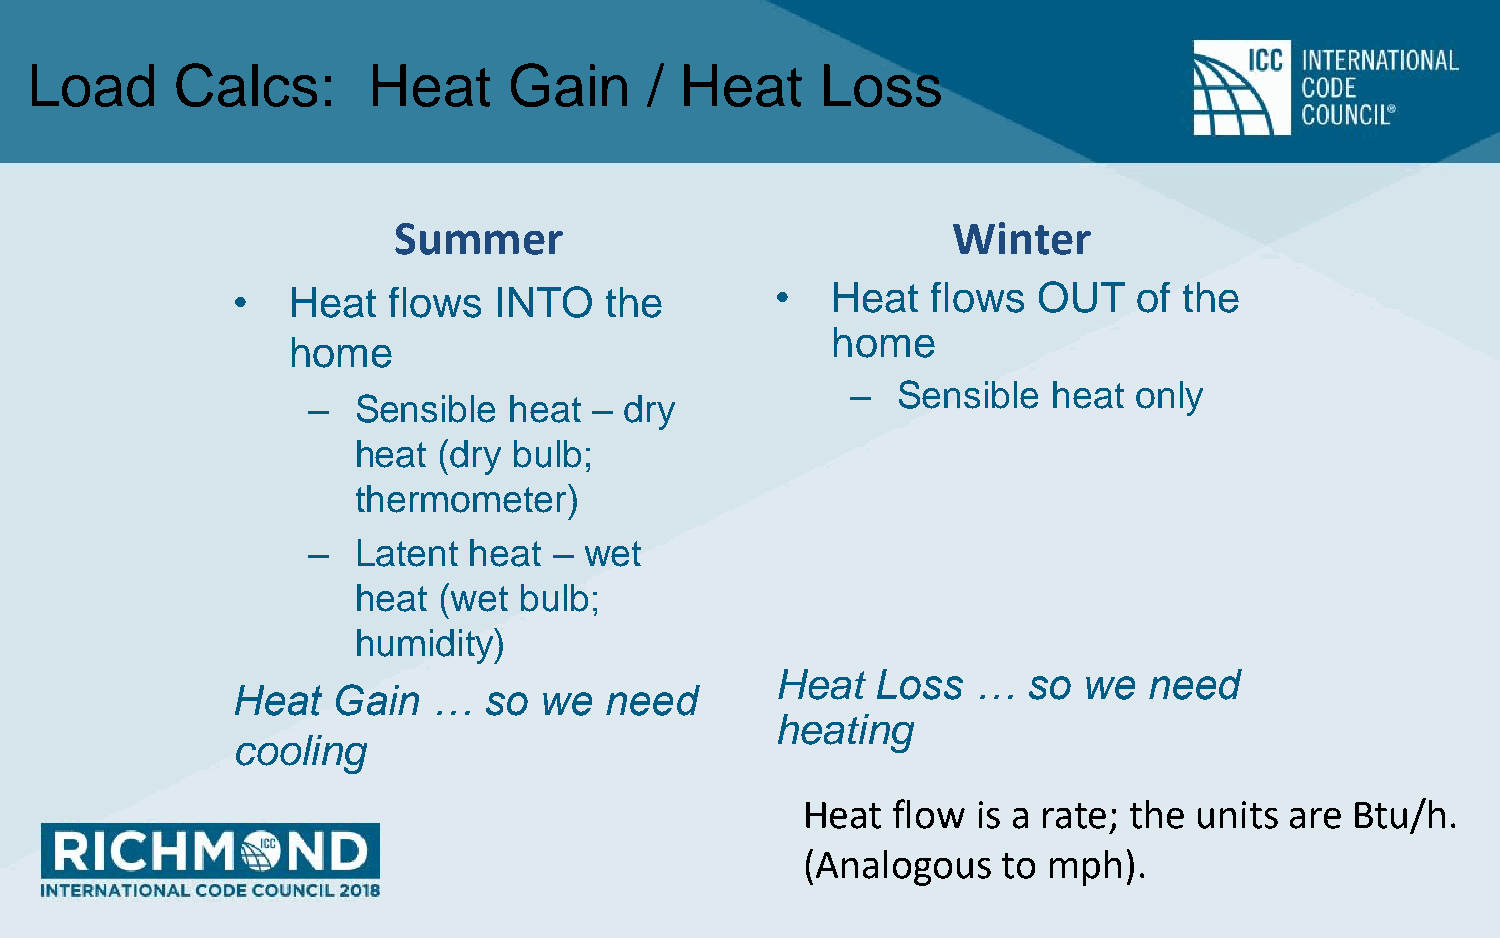
Load      Calcs:      Heat      Gain     / Heat     Loss
 Summer                               Winter
 •   Heat   flows  INTO   the        •   Heat   flows  OUT   of the
 home
 home
 –  Sensible   heat only
 –  Sensible   heat – dry
 heat  (dry bulb;
 thermometer)
 –  Latent  heat  – wet
 heat  (wet bulb;
 humidity)
 Heat   Loss  …   so  we  need
 Heat   Gain   …  so  we  need
 heating
 cooling
 Heat  flow  is a rate; the units are Btu/h.
 (Analogous   to mph).